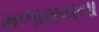
મળાશયના